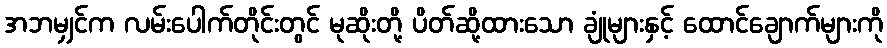
အဘမျှင်က လမ်းပေါက်တိုင်းတွင် မုဆိုးတို့ ပိတ်ဆို့ထားသော ချုံများနှင့် ထောင်ချောက်များကို